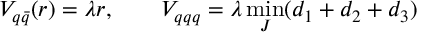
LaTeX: V _ { q \bar { q } } ( r ) = \lambda r , \qquad V _ { q q q } = \lambda \operatorname * { m i n } _ { J } ( d _ { 1 } + d _ { 2 } + d _ { 3 } )